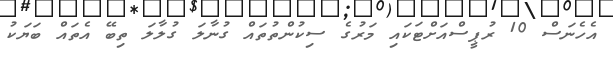
އެހެނަސް 10 ރުޕީސްއަށްޓަކައި މަރުގެ ސިކުންތުތައް ގުނާލަ ގުލާލަ ތިބޭ އެތައް ބަޔަކު